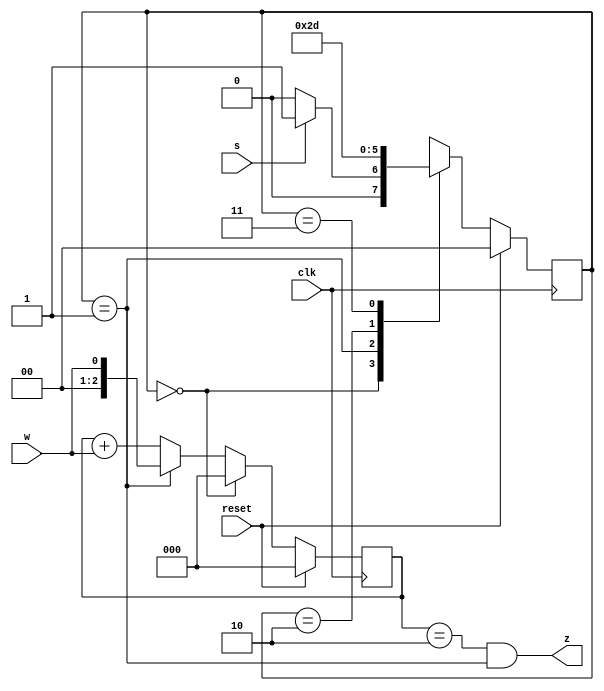
module top_module (
    input clk,
    input reset,   // Synchronous reset
    input s,
    input w,
    output z
);

    parameter A = 0, B = 1, C = 2, D = 3;
    reg [1:0] next_state, state;
    
    always @(*) begin
        
        case (state)
            A: next_state = s ? B : A; //  4 3clk
            B: next_state = C;
            C: next_state = D;
            D: next_state = B;
        endcase
    end
    always @(posedge clk) begin
       
        if(reset) begin
           state <= A; 
        end else begin
           state <= next_state; 
        end
        
    end
    reg [2:0] count;
    always @(posedge clk) begin
        
        if (reset) begin
           count <= 0; 
        end else if (state == A) begin
           count <= 0;
        end else if (state == B) begin
           count <= w; 
        end else begin
           count <= count + w; 
        end
    end
    assign z = (count == 2) &&(state == B) ; //  A -> B -> C -> D -> B -> C -> D -> B...  stateBcount2z
    
endmodule